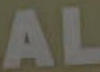
AL